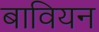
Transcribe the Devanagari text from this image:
बावियन